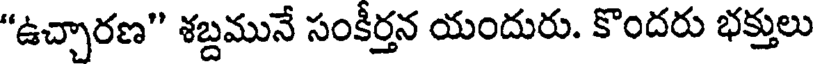
"ఉచ్చారణ" శబ్దమునే సంకీర్తన యందురు. కొందరు భక్తులు